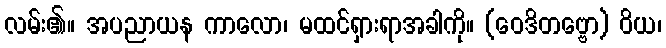
လမ်း၏။ အပညာယန ကာလော၊ မထင်ရှားရာအခါကို။ (ဝေဒိတဗ္ဗော) ဝိယ၊